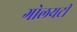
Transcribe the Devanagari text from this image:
गोलयटी